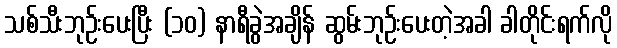
သစ်သီးဘုဉ်းပေးပြီး (၁၀) နာရီခွဲအချိန် ဆွမ်းဘုဉ်းပေးတဲ့အခါ ခါတိုင်းရက်လို